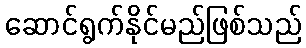
ဆောင်ရွက်နိုင်မည်ဖြစ်သည်